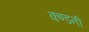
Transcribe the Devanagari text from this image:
कण्डनी